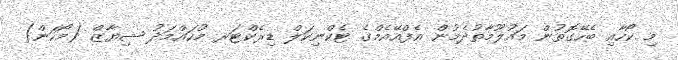
މި ކޯހާއި ބެހޭގޮތުން މައުލޫމާތުދެމުން އެފްއޭއެމްގެ ޓެކްނިކަލް ޑިރެކްޓަރ މުހައްމަދު ޝިޔާޒް (މޯހަން)